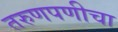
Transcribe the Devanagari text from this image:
तरुणपणीचा